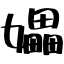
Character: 𪦮